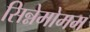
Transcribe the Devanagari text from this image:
सिन्नेमोमम